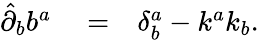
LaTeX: \begin{array}{rlr}{\hat{\partial}_{b}b^{a}}&{{}=}&{\delta_{b}^{a}-k^{a}k_{b}.}\end{array}